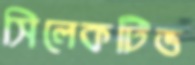
সিলেকটিভ